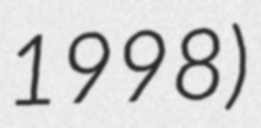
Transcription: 1998)